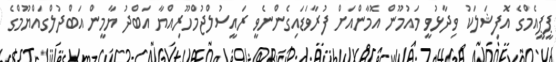
ޕީޕީއެމްގެ އޮފިޝަލަކު ވިދާޅުވީ މައުމޫން އޮމާންއަށް ފުރާވަޑައިގެންނެވީ ރައީސުލްޖުމްހޫރިއްޔާ އަބްދު ޔާމީން އަބްދުލްގައްޔޫމްގެ